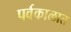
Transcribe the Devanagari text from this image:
पर्वकाळात